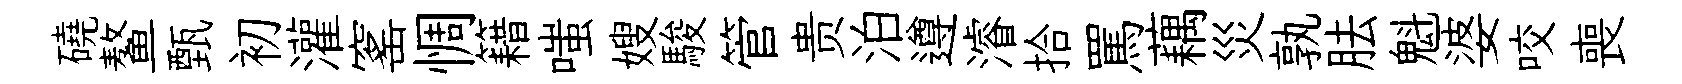
磽鳌甄初灌窰惆籍嗤嫂駿管贵泊遵濬拾罵藕災孰胠魁婆咬喪